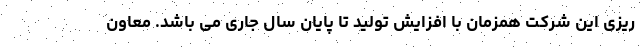
ریزی این شرکت همزمان با افزایش تولید تا پایان سال جاری می باشد. معاون